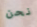
نحن